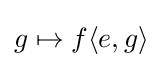
g\mapsto f\langle e,g\rangle